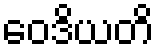
ဝေဒိယတိ